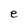
Character: e